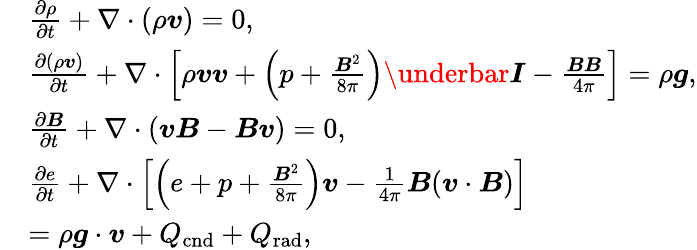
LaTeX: \begin{array}{rl}&{\frac{\partial\rho}{\partial t}+\nabla\cdot(\rho\boldsymbol{v})=0,}\\ &{\frac{\partial(\rho\boldsymbol{v})}{\partial t}+\nabla\cdot\left[\rho\boldsymbol{v}\boldsymbol{v}+\left(p+\frac{\boldsymbol{B}^{2}}{8\pi}\right)\boldsymbol{\underbar I}-\frac{\boldsymbol{B}\boldsymbol{B}}{4\pi}\right]=\rho\boldsymbol{g},}\\ &{\frac{\partial\boldsymbol{B}}{\partial t}+\nabla\cdot(\boldsymbol{vB}-\boldsymbol{Bv})=0,}\\ &{\frac{\partial e}{\partial t}+\nabla\cdot\left[\left(e+p+\frac{\boldsymbol{B}^{2}}{8\pi}\right)\boldsymbol{v}-\frac{1}{4\pi}\boldsymbol{B}(\boldsymbol{v}\cdot\boldsymbol{B})\right]}\\ &{=\rho\boldsymbol{g}\cdot\boldsymbol{v}+Q_{\mathrm{cnd}}+Q_{\mathrm{rad}},}\end{array}